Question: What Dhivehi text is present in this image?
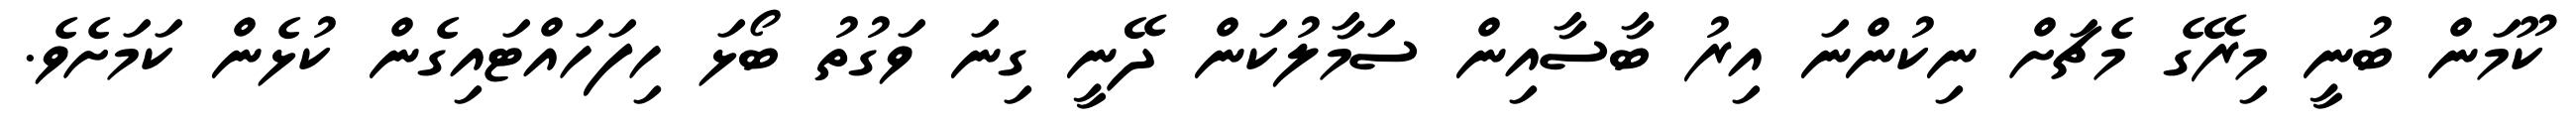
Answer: ކޫމަން ބުނީ މިރޭގެ މެޗަށް ނިކުންނަ އިރު ބާސާއިން ސަމާލުކަން ދޭނީ ގިނަ ވަގުތު ބޯޅަ ހިފަހައްޓައިގެން ކުޅެން ކަމަށެވެ.